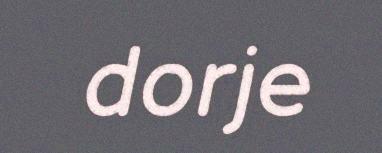
dorje